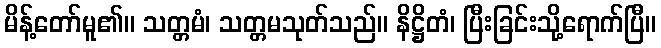
မိန့်တော်မူ၏။ သတ္တမံ၊ သတ္တမသုတ်သည်။ နိဋ္ဌိတံ၊ ပြီးခြင်းသို့ရောက်ပြီ။